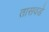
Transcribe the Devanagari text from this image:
तासवडे